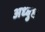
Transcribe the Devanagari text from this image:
अध्बुध